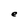
Character: e